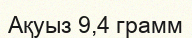
Ақуыз 9,4 грамм